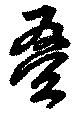
叠